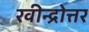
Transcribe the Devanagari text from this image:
रवीन्द्रोत्तर